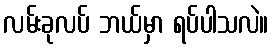
လမ်းခုလပ် ဘယ်မှာ ရပ်ပါသလဲ။